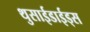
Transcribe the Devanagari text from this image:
थुसाईडाईड्स